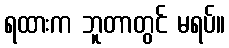
ရထားက ဘူတာတွင် မရပ်။